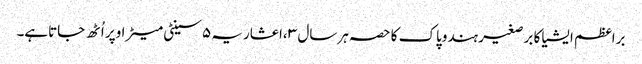
براعظم ایشیا کا برصغیر ہندوپاک کا حصہ ہرسال ۳ ،اعشاریہ ۵سینٹی میٹراوپر اُٹھ جاتاہے۔